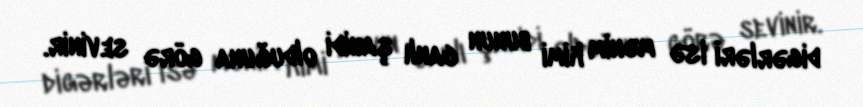
digərləri isə mənim kimi bunun canlı şahidi olduğuna görə sevinir.